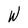
Character: W